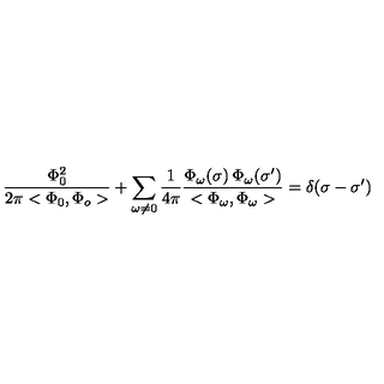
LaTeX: \frac { \Phi _ { 0 } ^ { 2 } } { 2 \pi < \Phi _ { 0 } , \Phi _ { o } > } + \sum _ { \omega \neq 0 } \frac { 1 } { 4 \pi } \frac { \Phi _ { \omega } ( \sigma ) \: \Phi _ { \omega } ( \sigma ^ { \prime } ) } { < \Phi _ { \omega } , \Phi _ { \omega } > } = \delta ( \sigma - { \sigma ^ { \prime } } )